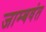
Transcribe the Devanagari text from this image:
जाम्बवंत